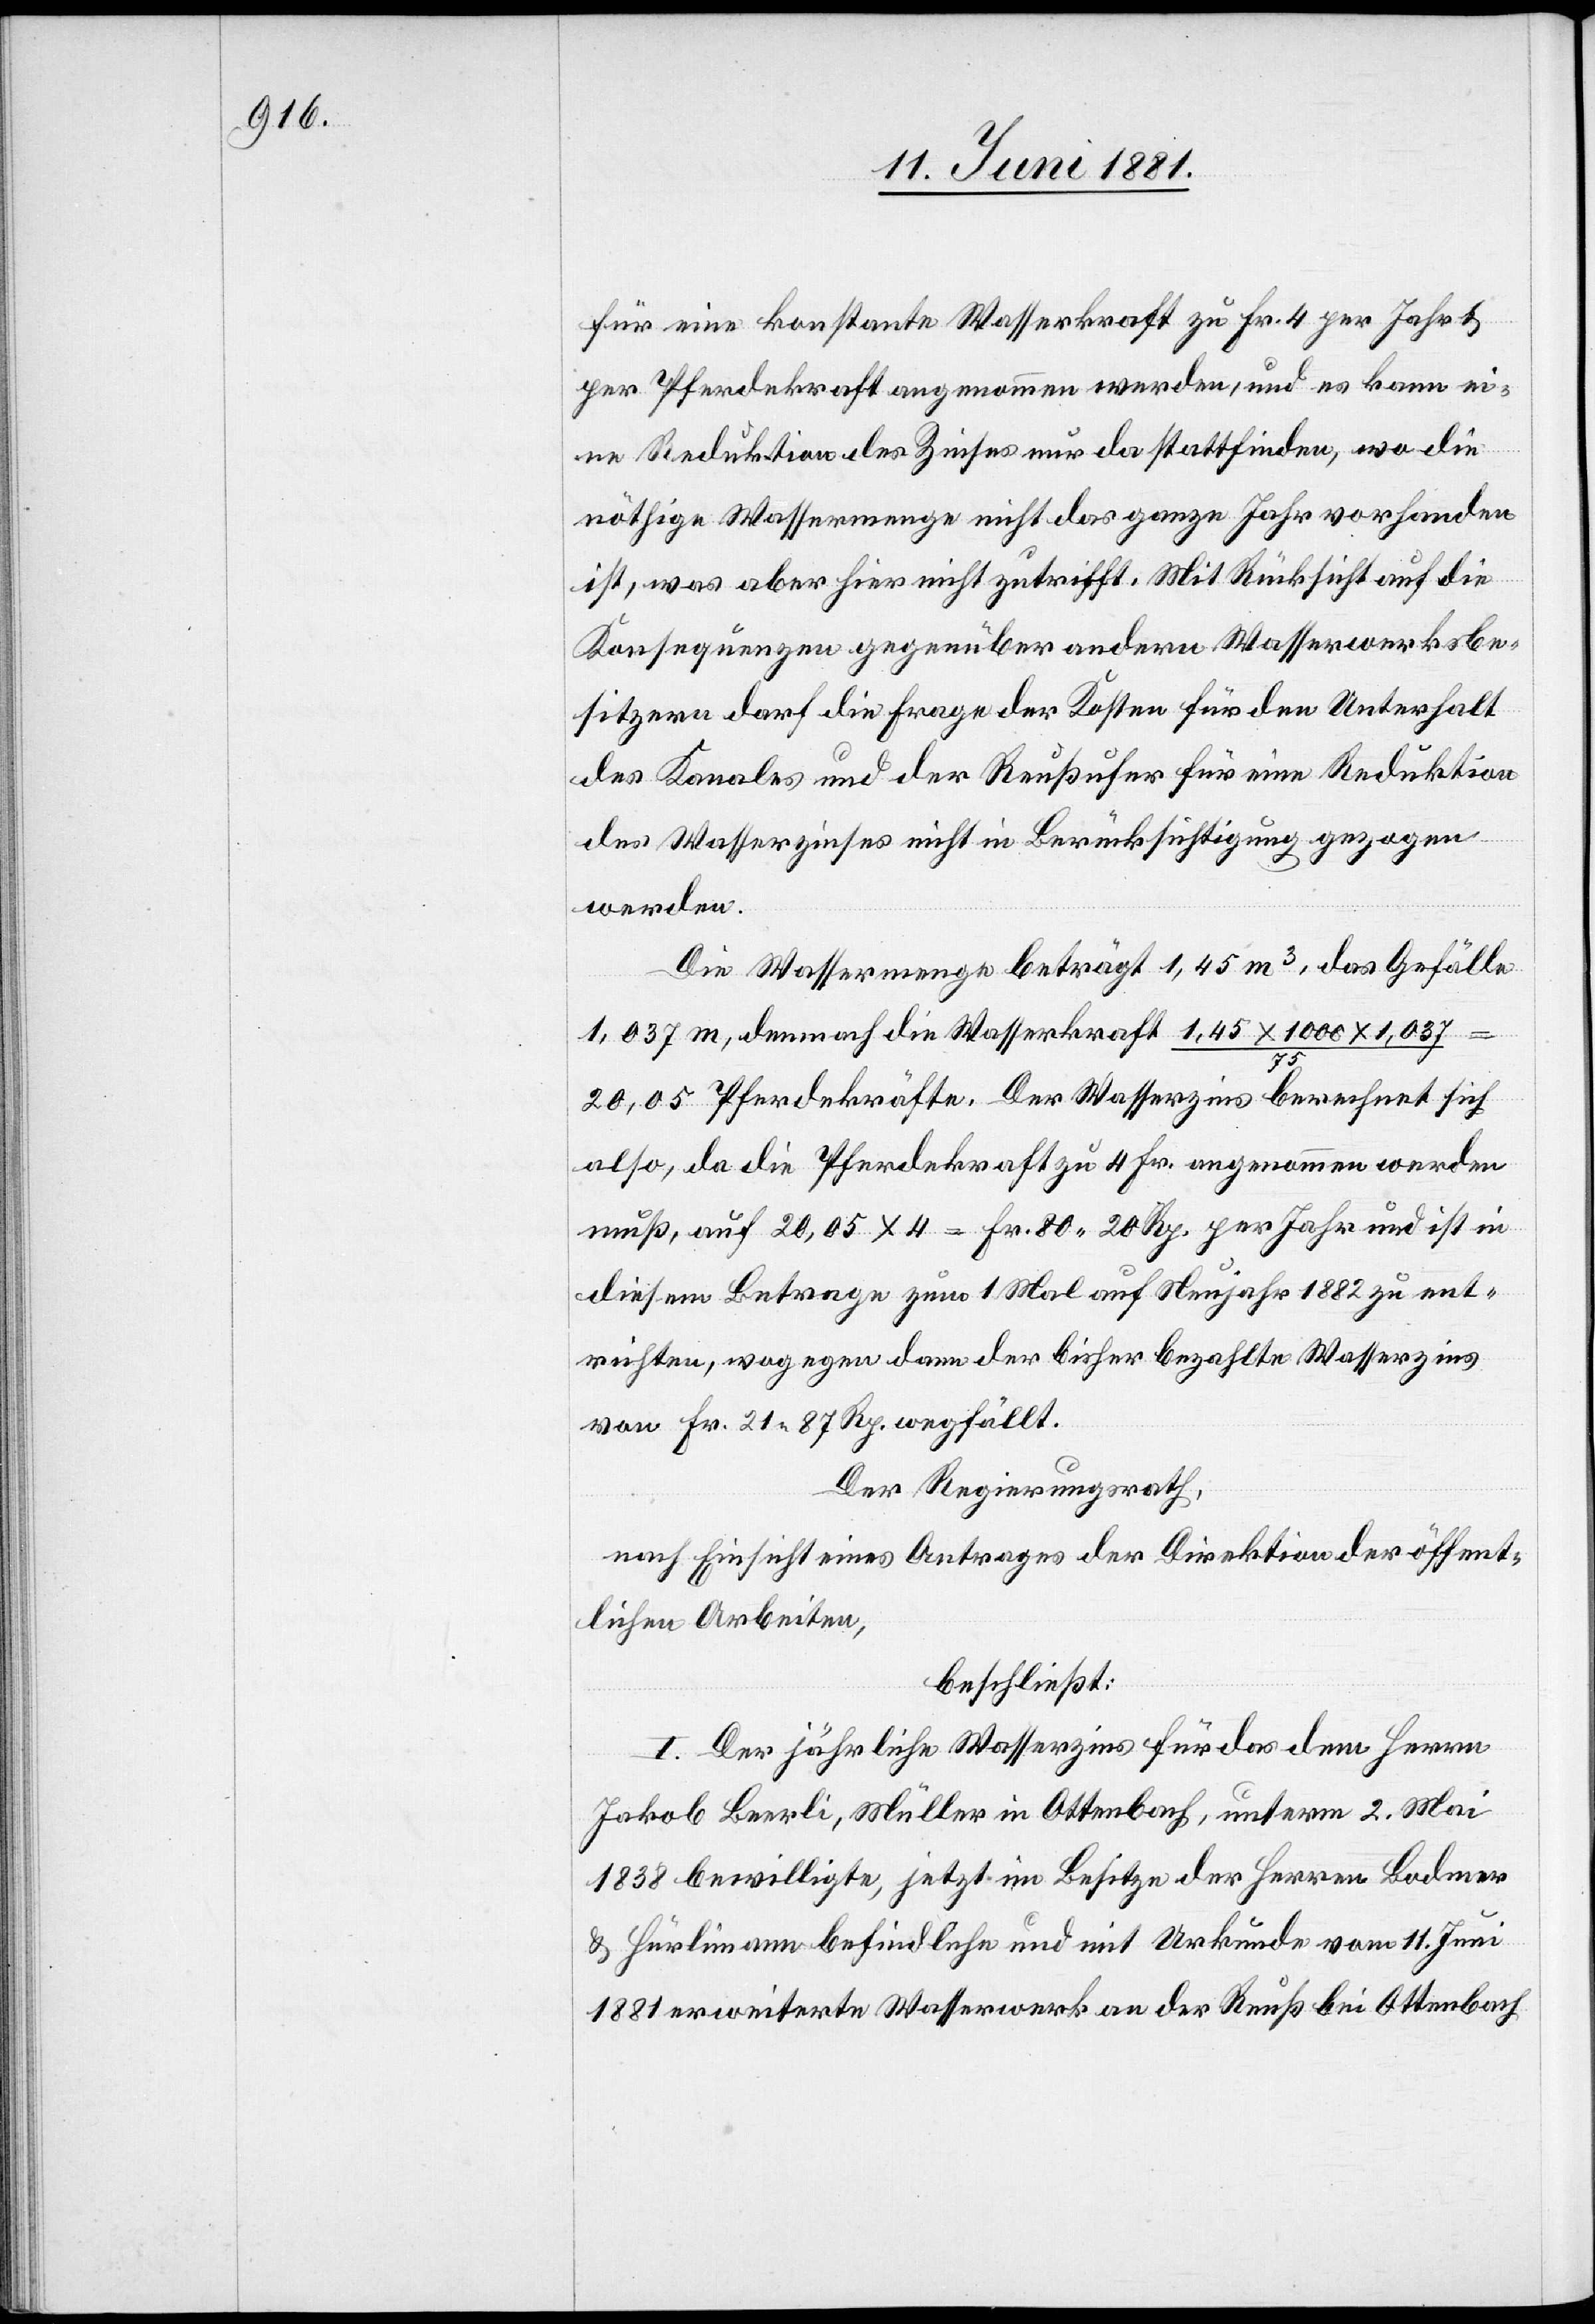
für eine konstante Wasserkraft zu Fr. 4 per Jahr &
per Pferdekraft angenommen werden, und es kann ei¬
ne Reduktion des Zinses nur stattfinden, wo die
nöthige Wassermenge nicht das ganze Jahr vorhanden
ist, was aber hier nicht zutrifft. Mit Rücksicht auf die
Konsequenzen gegenüber andern Wasserwerksbe¬
sitzern darf die Frage der Kosten für den Unterhalt
des Kanales und der Reußufer für eine Reduktion
des Wasserzinses nicht in Berücksichtigung gezogen
werden.
Die Wassermenge beträgt 1,45 m3, das Gefälle
1,037 m, demnach die Wasserkraft 1,45 x 1000 x 1,037
75
20,05 Pferdekräfte. Der Wasserzins berechnet sich
also, da die Pferdekraft zu 4 Fr. angenommen werden
muß, auf 20,05 x 4 = Fr. 80 20 Rp. per Jahr und ist in
diesem Betrage zum 1 Mal auf Neujahr 1882 zu ent¬
richten, wogegen dann der bisher bezahlte Wasserzins
von Fr. 21 87 Rp. wegfällt.
Der Regierungsrath,
nach Einsicht eines Antrages der Direktion der öffent¬
lichen Arbeiten,
beschließt:
I. Der jährliche Wasserzins für das dem Herrn
Jakob Beerli, Müller in Ottenbach, unterm 2. Mai
1838 bewilligte, jetzt im Besitz der Herren Bodmer
& Hürlimann befindliche und mit Urkunde vom 11. Juni
1881 erweiterte Wasserwerk an der Reuß bei Ottenbach